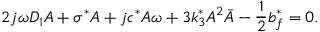
2 j \omega D _ { 1 } A + \sigma ^ { * } A + j c ^ { * } A \omega + 3 k _ { 3 } ^ { * } A ^ { 2 } \bar { A } - \frac { 1 } { 2 } b _ { f } ^ { * } = 0 .